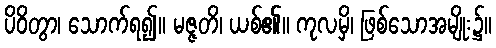
ပိဝိတွာ၊ သောက်ရ၍။ မဇ္ဇတိ၊ ယစ်၏။ ကုလမှိ၊ ဖြစ်သောအမျိုး၌။